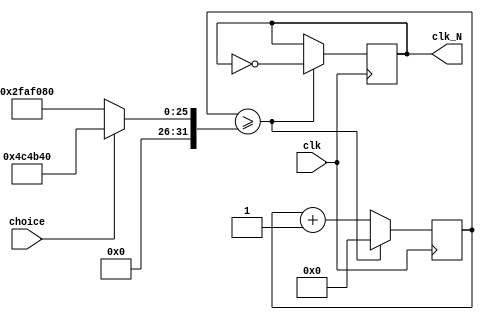
`timescale 1ns/1ps
module divider (clk, clk_N,choice);
    input           clk,choice;
    output reg      clk_N;
    parameter      N = 50_000_000;
    reg [31:0]      counter;
        initial begin;
            counter <= 32'h0;
            clk_N <= 1'b0;
        end
    reg [31:0]total;
    always@(choice)
    begin
        if(choice==1)
          total=N/10;
        else
            total = N;
    end
    always @(posedge clk)  begin
        if(counter>=total) begin
            clk_N <= ~clk_N;
            counter <= 32'h0;
        end
        else
            counter <= counter + 1;
    end
endmodule